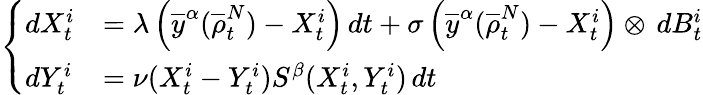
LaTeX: \left\{ \begin{array}{ll}{dX_{t}^{i}}&{=\lambda\left(\overline{y}^{\alpha}(\overline{\rho}_{t}^{N})-X_{t}^{i}\right)\, dt+\sigma\left(\overline{y}^{\alpha}(\overline{\rho}_{t}^{N})-X_{t}^{i}\right)\otimes\, dB_{t}^{i}}\\ {dY_{t}^{i}}&{=\nu(X_{t}^{i}-Y_{t}^{i})S^{\beta}(X_{t}^{i},Y_{t}^{i})\, dt}\end{array}\right.